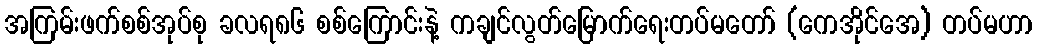
အကြမ်းဖက်စစ်အုပ်စု ခလရ၈၆ စစ်ကြောင်းနဲ့ ကချင်လွတ်မြောက်ရေးတပ်မတော် (ကေအိုင်အေ) တပ်မဟာ